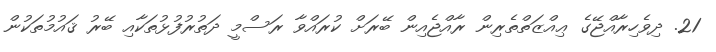
21. ދިވެހިރާއްޖޭގެ ޢިއްޒަތްތެރިން ރާއްޖެއިން ބޭރަށް ކުރައްވާ ރަސްމީ ދަތުރުފުޅުތަކާއި ބޭރު ޤައުމުތަކުން